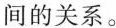
间的关系。